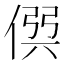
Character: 𠊨